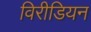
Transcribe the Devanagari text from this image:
विरीडियन